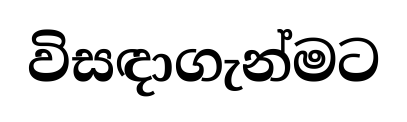
විසඳාගැන්මට